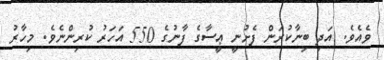
ވެއެވެ. އަދި ބިނާކުރަން ފެށުނީ ޢީސާގެ ފާނުގެ 550 އަހަރު ކުރިންނެވެ. މިހާރު